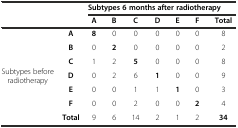
| <COLSPAN=2>  | <COLSPAN=7> Subtypes 6 months after radiotherapy |
 | <COLSPAN=2>  | A | B | C | D | E | F | Total |
 | --- | --- | --- | --- | --- | --- | --- | --- | --- |
 | <ROWSPAN=6> Subtypes before radiotherapy | A | 8 | 0 | 0 | 0 | 0 | 0 | 8 |
 | B | 0 | 2 | 0 | 0 | 0 | 0 | 2 |
 | C | 1 | 2 | 5 | 0 | 0 | 0 | 8 |
 | D | 0 | 2 | 6 | 1 | 0 | 0 | 9 |
 | E | 0 | 0 | 1 | 1 | 1 | 0 | 3 |
 | F | 0 | 0 | 2 | 0 | 0 | 2 | 4 |
 |  | Total | 9 | 6 | 14 | 2 | 1 | 2 | 34 |